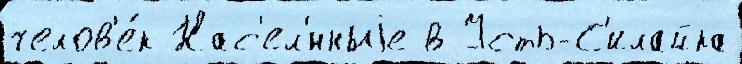
челов'е́к Нас'ел'́нныjе в Усть-С'илайка